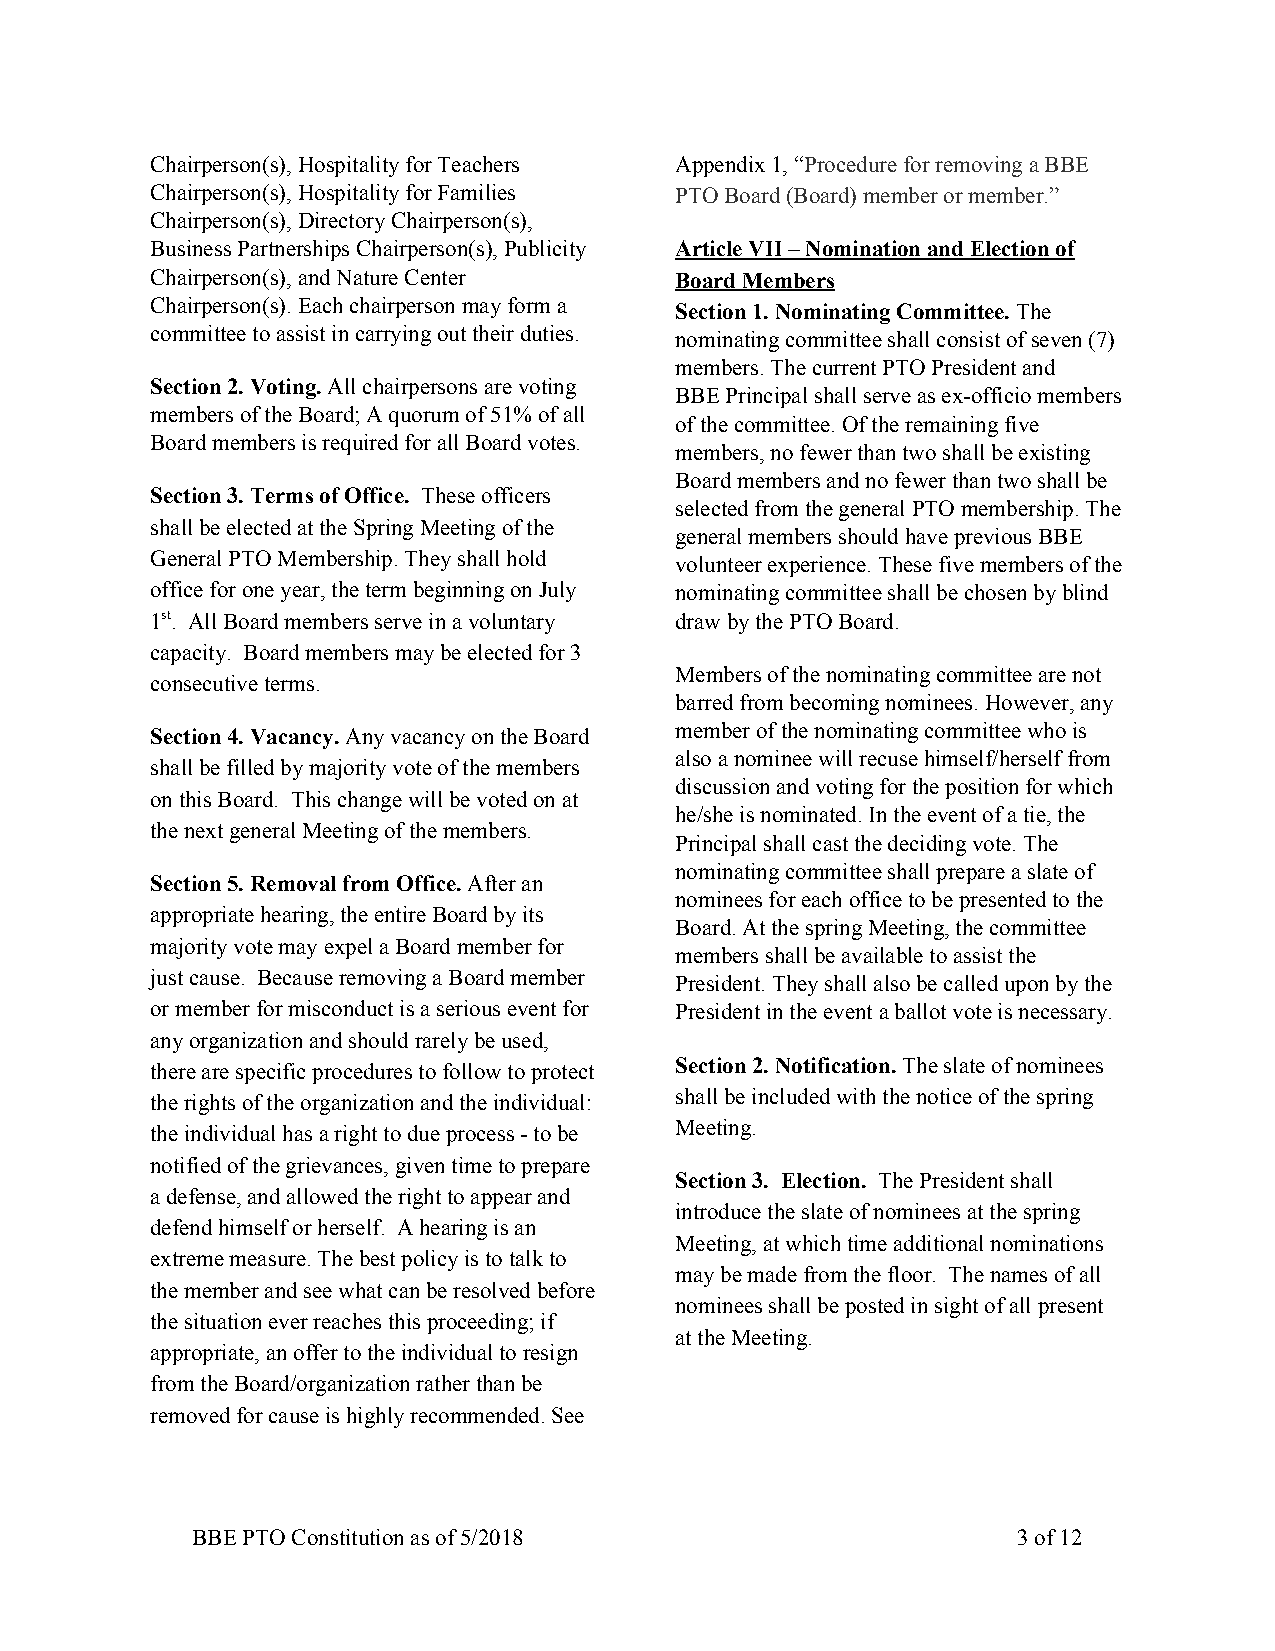
Chairperson(s), Hospitality for Teachers Appendix 1, “Procedure for removing a BBE
 ​
 Chairperson(s), Hospitality for Families PTO Board (Board) member or member.”
 Chairperson(s), Directory Chairperson(s),
 Business Partnerships Chairperson(s), Publicity Article VII – Nomination and Election of
 Chairperson(s), and Nature Center  Board Members
 Chairperson(s). Each chairperson may form a Section 1. Nominating Committee. The
 ​
 committee to assist in carrying out their duties. nominating committee shall consist of seven (7)
 members. The current PTO President and
 Section 2. Voting. All chairpersons are voting
 ​                       BBE Principal shall serve as ex-officio members
 members of the Board; A quorum of 51% of all
 of the committee. Of the remaining five
 Board members is required for all Board votes.
 members, no fewer than two shall be existing
 Board members and no fewer than two shall be
 Section 3. Terms of Office. These officers
 ​                 selected from the general PTO membership. The
 shall be elected at the Spring Meeting of the
 general members should have previous BBE
 General PTO Membership. They shall hold volunteer experience. These five members of the
 office for one year, the term beginning on July nominating committee shall be chosen by blind
 1st ​. All Board members serve in a voluntary draw by the PTO Board.
 ​
 capacity. Board members may be elected for 3
 Members of the nominating committee are not
 consecutive terms.
 barred from becoming nominees. However, any
 Section 4. Vacancy. Any vacancy on the Board member of the nominating committee who is
 ​
 also a nominee will recuse himself/herself from
 shall be filled by majority vote of the members
 discussion and voting for the position for which
 on this Board. This change will be voted on at
 he/she is nominated. In the event of a tie, the
 the next general Meeting of the members.
 Principal shall cast the deciding vote. The
 nominating committee shall prepare a slate of
 Section 5. Removal from Office. After an
 ​             nominees for each office to be presented to the
 appropriate hearing, the entire Board by its
 Board. At the spring Meeting, the committee
 majority vote may expel a Board member for
 members shall be available to assist the
 just cause. Because removing a Board member President. They shall also be called upon by the
 or member for misconduct is a serious event for President in the event a ballot vote is necessary.
 any organization and should rarely be used,
 there are specific procedures to follow to protect Section 2. Notification. The slate of nominees
 ​
 the rights of the organization and the individual: shall be included with the notice of the spring
 the individual has a right to due process - to be Meeting.
 notified of the grievances, given time to prepare
 Section 3. Election. The President shall
 a defense, and allowed the right to appear and ​
 introduce the slate of nominees at the spring
 defend himself or herself. A hearing is an
 Meeting, at which time additional nominations
 extreme measure. The best policy is to talk to
 may be made from the floor. The names of all
 the member and see what can be resolved before
 nominees shall be posted in sight of all present
 the situation ever reaches this proceeding; if
 at the Meeting.
 appropriate, an offer to the individual to resign
 from the Board/organization rather than be
 removed for cause is highly recommended. See
 BBE PTO Constitution as of 5/2018                     3 of 12